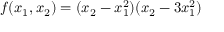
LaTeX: f ( x _ { 1 } , x _ { 2 } ) = ( x _ { 2 } - x _ { 1 } ^ { 2 } ) ( x _ { 2 } - 3 x _ { 1 } ^ { 2 } )